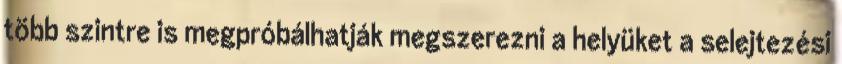
több szintre is megpróbálhatják megszerezni a helyüket a selejtezési